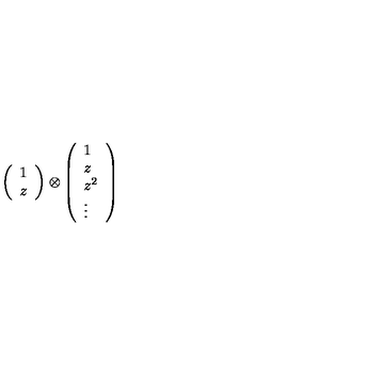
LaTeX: \left( \begin{array} { c } { 1 } \\ { z } \\ \end{array} \right) \otimes \left( \begin{array} { l } { 1 } \\ { z } \\ { z ^ { 2 } } \\ { \vdots } \\ \end{array} \right)